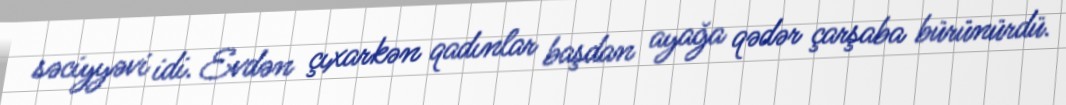
səciyyəvi idi. Evdən çıxarkən qadınlar başdan ayağa qədər çarşaba bürünürdü.